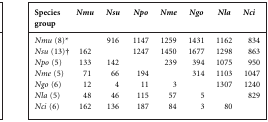
<table><thead><tr><td><b>Species group</b></td><td><b><i>Nmu</i></b></td><td><b><i>Nsu</i></b></td><td><b><i>Npo</i></b></td><td><b><i>Nme</i></b></td><td><b><i>Ngo</i></b></td><td><b><i>Nla</i></b></td><td><b><i>Nci</i></b></td></tr></thead><tbody><tr><td><i>Nmu</i> (8)*</td><td></td><td>916</td><td>1147</td><td>1259</td><td>1431</td><td>1162</td><td>834</td></tr><tr><td><i>Nsu</i> (13)†</td><td>162</td><td></td><td>1247</td><td>1450</td><td>1677</td><td>1298</td><td>863</td></tr><tr><td><i>Npo</i> (5)</td><td>133</td><td>142</td><td></td><td>239</td><td>394</td><td>1075</td><td>950</td></tr><tr><td><i>Nme</i> (5)</td><td>71</td><td>66</td><td>194</td><td></td><td>314</td><td>1103</td><td>1047</td></tr><tr><td><i>Ngo</i> (6)</td><td>12</td><td>4</td><td>11</td><td>3</td><td></td><td>1307</td><td>1240</td></tr><tr><td><i>Nla</i> (5)</td><td>48</td><td>46</td><td>115</td><td>57</td><td>5</td><td></td><td>829</td></tr><tr><td><i>Nci</i> (6)</td><td>162</td><td>136</td><td>187</td><td>84</td><td>3</td><td>80</td><td></td></tr></tbody></table>